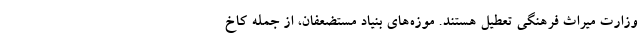
وزارت میراث فرهنگی تعطیل هستند. موزه‌های بنیاد مستضعفان، از جمله کاخ